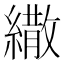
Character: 繖